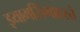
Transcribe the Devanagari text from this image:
झ्यामसिंगाहस्ते